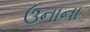
ઉનાના